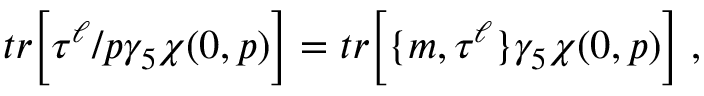
t r \bigg \lbrack \tau ^ { \ell } \slash p \gamma _ { 5 } \chi ( 0 , p ) \bigg \rbrack = t r \bigg \lbrack \lbrace m , \tau ^ { \ell } \rbrace \gamma _ { 5 } \chi ( 0 , p ) \bigg \rbrack \; ,